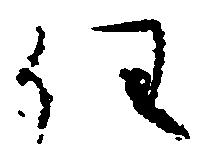
任